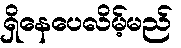
ရှိနေပေလိမ့်မည်